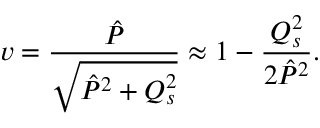
v = { \frac { \hat { P } } { \sqrt { \hat { P } ^ { 2 } + Q _ { s } ^ { 2 } } } } \approx 1 - { \frac { Q _ { s } ^ { 2 } } { 2 \hat { P } ^ { 2 } } } .